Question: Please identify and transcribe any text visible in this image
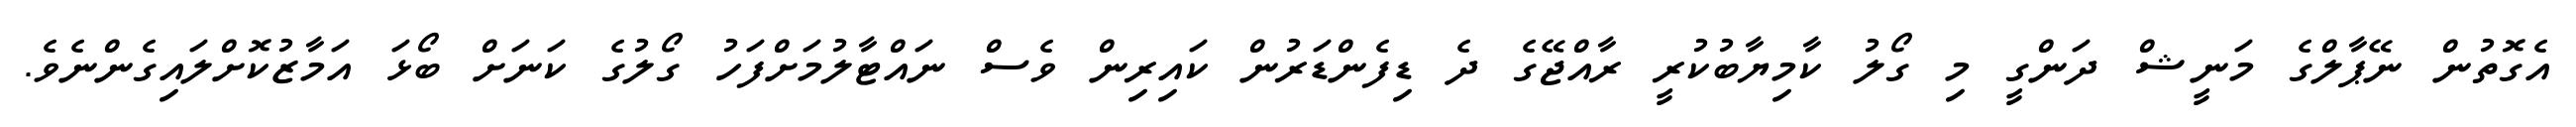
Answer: އެގޮތުން ނޭޕާލްގެ މަނީޝް ދަންގީ މި ގޯލު ކާމިޔާބުކުރީ ރާއްޖޭގެ ދެ ޑިފެންޑަރުން ކައިރިން ވެސް ނައްޓާލުމަށްފަހު ގޯލުގެ ކަނަށް ބޯޅަ އަމާޒުކޮށްލައިގެންނެވެ.